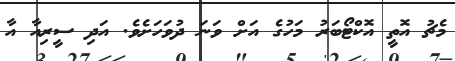
މެޗު އޮތީ އޮކްޓޯބަރު މަހުގެ އަށް ވަނަ ދުވަހަށެވެ. އަދި ސީރިއާ އާ